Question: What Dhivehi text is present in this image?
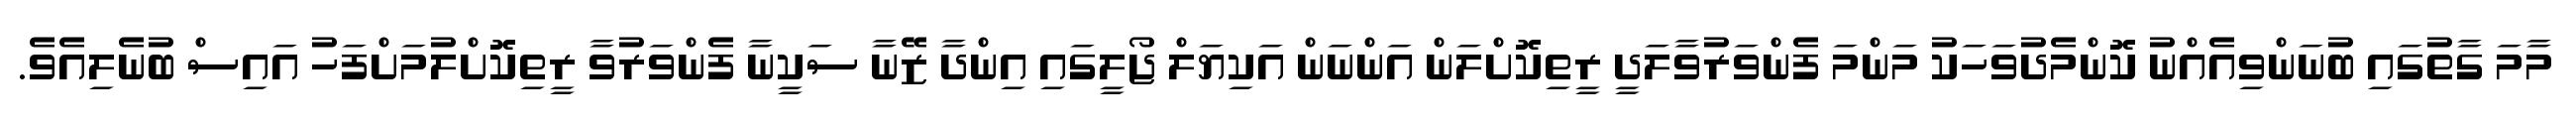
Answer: މާމަ ގާތުގައި ބުނަންވިއެއްނު ކޮންމެދުވަހަކު މަންމަ ފެންވަރުވާލަދީ ރީތިކޮށްލަން އަންނަން އަކިޔަލް ޖޯލީގައި އިންދާ ޒޭނާ ސަކީނާ ފެންވަރުވާ ރީތިކޮށްލުމަށްފަހު އައިސް ބުނެލިއެވެ.